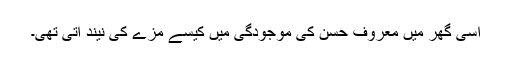
اسی گھر میں معروف حسن کی موجودگی میں کیسے مزے کی نیند آتی تھی۔